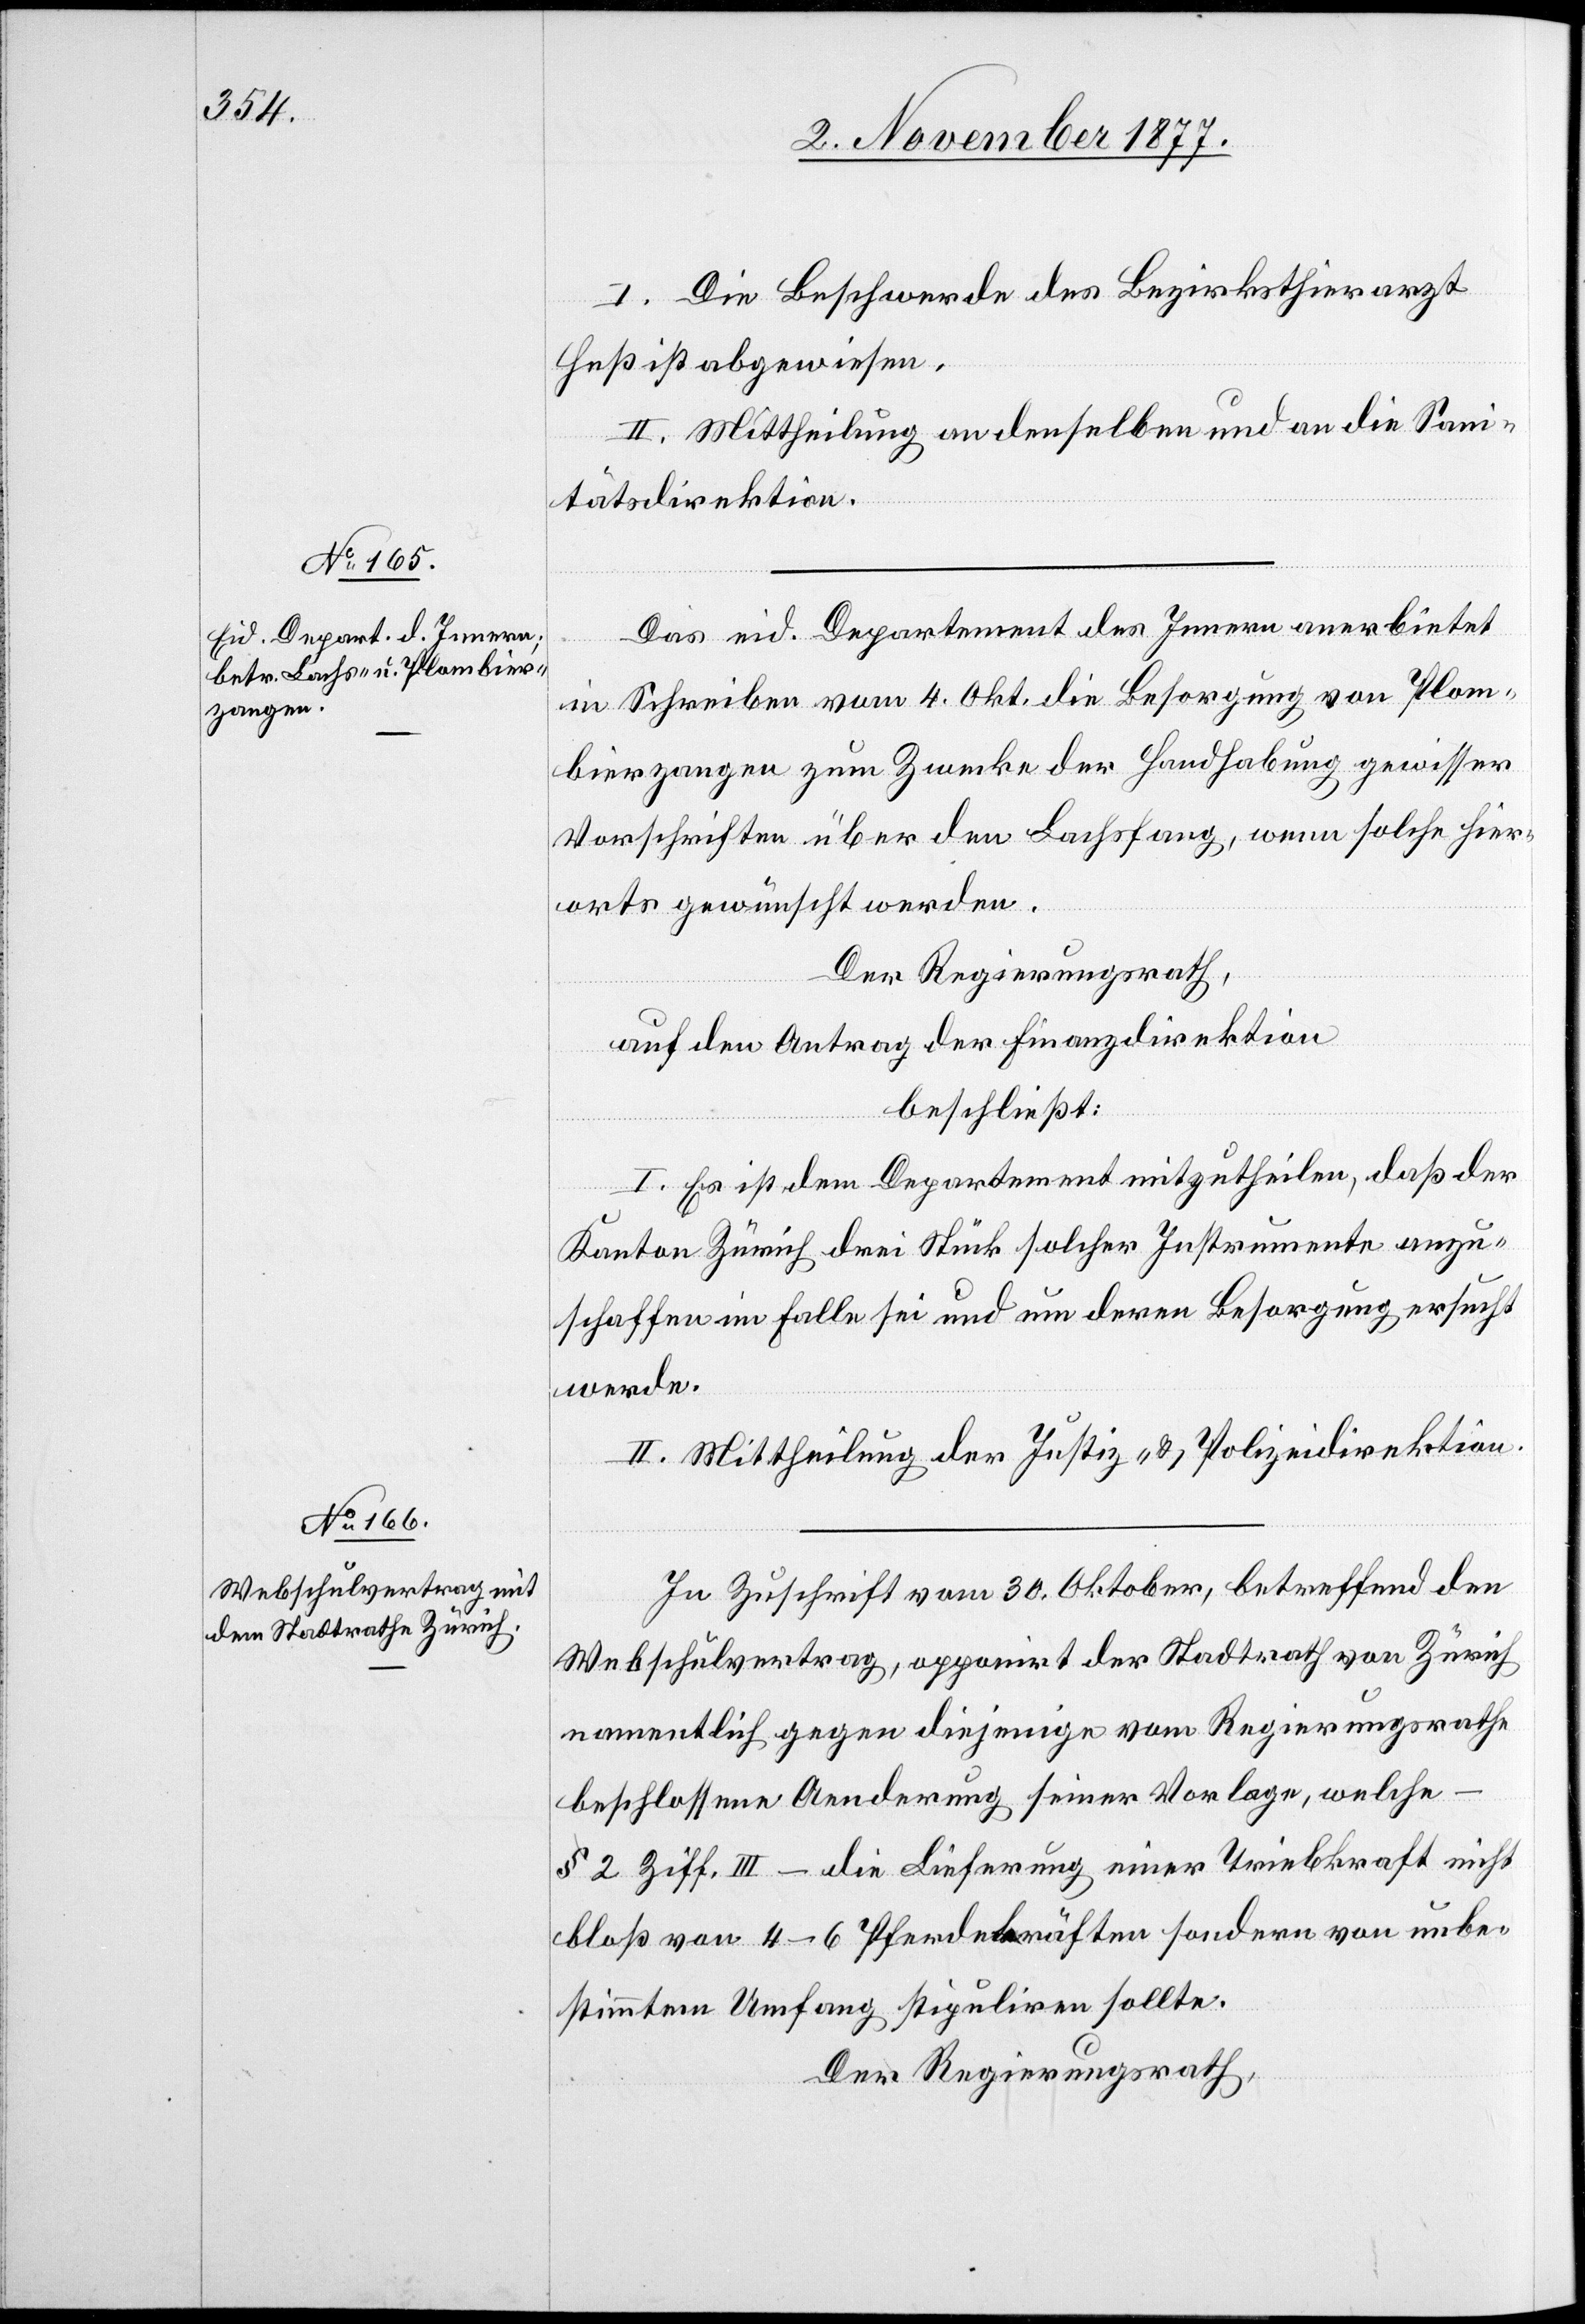
I. Die Beschwerde des Bezirksthierarzt
Heß ist abgewiesen.
II. Mittheilung an denselben und an die San¬
itätsdirektion.
Das eid. Departement des Innern anerbietet
in Schreiben vom 4. Okt. die Besorgung von Plom¬
bierzangen zum Zwecke der Handhabung gewisser
Vorschriften über den Lachsfang, wenn solche hier¬
orts gewünscht werden.
Der Regierungsrath,
auf den Antrag der Finanzdirektion
beschließt:
I. Es ist dem Departement mitzutheilen, daß der
Kanton Zürich drei Stück solcher Instrumente anzu¬
schaffen im Falle sei und um deren Besorgung ersucht
werde.
II. Mittheilung der Justiz- & Polizeidirektion.
In Zuschrift vom 30. Oktober, betreffend den
Webschulvertrag, opponirt der Stadtrath von Zürich
namentlich gegen diejenige vom Regierungsrathe
beschlossene Aenderung seiner Vorlage, welche
§ 2 Ziff. III – die Lieferung einer Triebkraft nicht
bloß von 4–6 Pferdekräften sondern von unbe¬
stimmtem Umfang stipuliren sollte.
Der Regierungsrath,